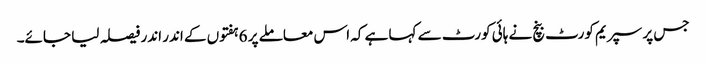
جس پر سپریم کورٹ بنچ نے ہائی کورٹ سے کہا ہے کہ اس معاملے پر 6ہفتوں کے اندر اندر فیصلہ لیا جائے۔